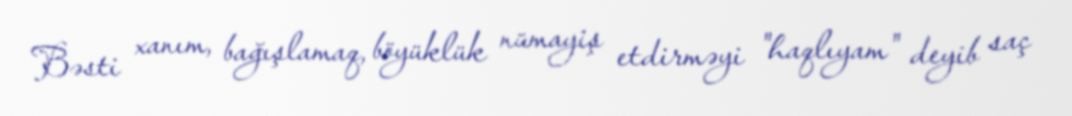
Bəsti xanım, bağışlamaq, böyüklük nümayiş etdirməyi "haqlıyam" deyib saç